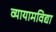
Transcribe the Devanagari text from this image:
व्यायामविद्या